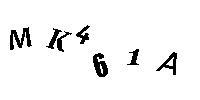
MK461A